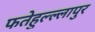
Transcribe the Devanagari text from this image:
फतेहुल्ल्लापुर